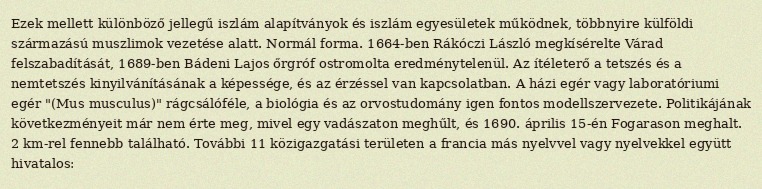
Ezek mellett különböző jellegű iszlám alapítványok és iszlám egyesületek működnek, többnyire külföldi származású muszlimok vezetése alatt. Normál forma. 1664-ben Rákóczi László megkísérelte Várad felszabadítását, 1689-ben Bádeni Lajos őrgróf ostromolta eredménytelenül. Az ítéleterő a tetszés és a nemtetszés kinyilvánításának a képessége, és az érzéssel van kapcsolatban. A házi egér vagy laboratóriumi egér "(Mus musculus)" rágcsálóféle, a biológia és az orvostudomány igen fontos modellszervezete. Politikájának következményeit már nem érte meg, mivel egy vadászaton meghűlt, és 1690. április 15-én Fogarason meghalt. 2 km-rel fennebb található. További 11 közigazgatási területen a francia más nyelvvel vagy nyelvekkel együtt hivatalos: